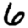
Digit: 6